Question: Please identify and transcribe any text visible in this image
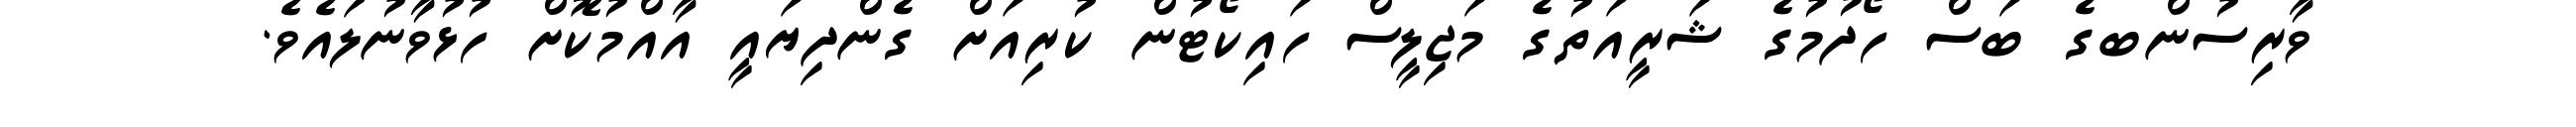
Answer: ވާރިސުންބގެ ބަސް ހޯދުމުގެ ޝަރީއަތުގެ މަޖިލީސް ހައިކޯޓުން ކުރިއަށް ގެންދިޔައީ އާއްމުކޮށް ހުޅުވާނުލައެވެ.